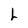
Character: L